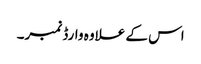
اس کے علاوہ وارڈ نمبر۔